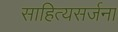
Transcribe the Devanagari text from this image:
साहित्यसर्जना